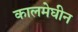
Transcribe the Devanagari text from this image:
कालमेघीन